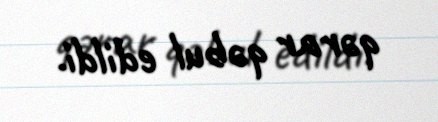
qərar qəbul edildi.